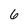
Character: 6